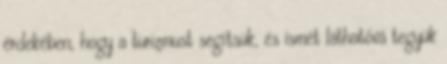
érdekében, hogy a turizmust segítsük, és ismét láthatóvá tegyük